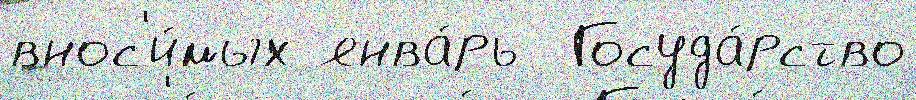
внос'и́мых янва́рь  Госуда́рство